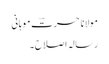
مولانا حسرتؔ موہانی
رسالہِ اصلاح ۔